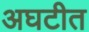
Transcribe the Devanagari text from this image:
अघटीत